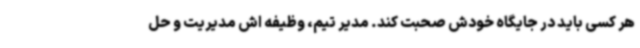
هر کسی باید در جایگاه خودش صحبت کند. مدیر تیم، وظیفه اش مدیریت و حل